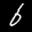
Label: 6